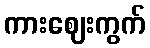
ကားဈေးကွက်